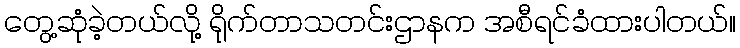
တွေ့ဆုံခဲ့တယ်လို့ ရိုက်တာသတင်းဌာနက အစီရင်ခံထားပါတယ်။